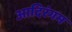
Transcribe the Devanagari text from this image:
आदिरंगम